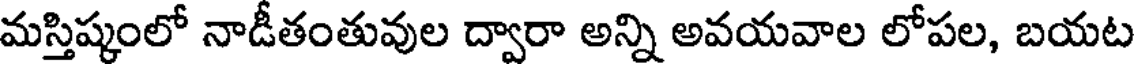
మస్తిష్కంలో నాడీతంతువుల ద్వారా అన్ని అవయవాల లోపల, బయట